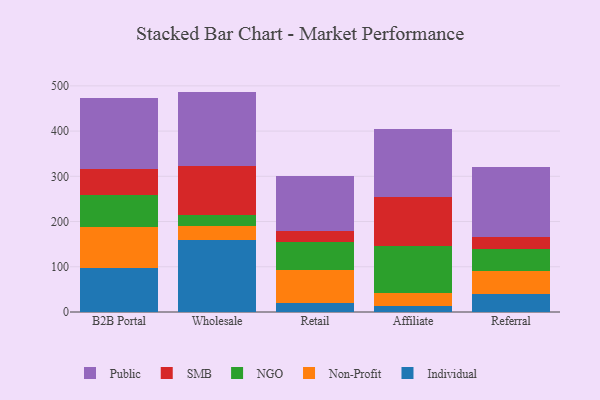
{"axis": {"x": "Channel", "y": "Operating Costs (USD K)"}, "legend": ["Individual", "NGO", "Non-Profit", "Public", "SMB"], "data": [{"x": "B2B Portal", "y": 97.8, "type": "Individual"}, {"x": "B2B Portal", "y": 90.3, "type": "Non-Profit"}, {"x": "B2B Portal", "y": 70.3, "type": "NGO"}, {"x": "B2B Portal", "y": 56.9, "type": "SMB"}, {"x": "B2B Portal", "y": 157.1, "type": "Public"}, {"x": "Wholesale", "y": 159.4, "type": "Individual"}, {"x": "Wholesale", "y": 30.4, "type": "Non-Profit"}, {"x": "Wholesale", "y": 24.2, "type": "NGO"}, {"x": "Wholesale", "y": 108.9, "type": "SMB"}, {"x": "Wholesale", "y": 164.4, "type": "Public"}, {"x": "Retail", "y": 20.3, "type": "Individual"}, {"x": "Retail", "y": 72.6, "type": "Non-Profit"}, {"x": "Retail", "y": 61.8, "type": "NGO"}, {"x": "Retail", "y": 24.5, "type": "SMB"}, {"x": "Retail", "y": 122.0, "type": "Public"}, {"x": "Affiliate", "y": 13.1, "type": "Individual"}, {"x": "Affiliate", "y": 29.3, "type": "Non-Profit"}, {"x": "Affiliate", "y": 102.9, "type": "NGO"}, {"x": "Affiliate", "y": 109.4, "type": "SMB"}, {"x": "Affiliate", "y": 149.3, "type": "Public"}, {"x": "Referral", "y": 38.8, "type": "Individual"}, {"x": "Referral", "y": 52.4, "type": "Non-Profit"}, {"x": "Referral", "y": 47.8, "type": "NGO"}, {"x": "Referral", "y": 26.3, "type": "SMB"}, {"x": "Referral", "y": 156.4, "type": "Public"}]}